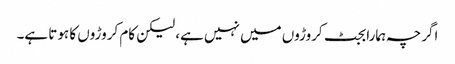
اگرچہ ہمارا بجٹ کروڑوں میں نہیں ہے، لیکن کام کروڑوں کا ہوتا ہے۔